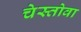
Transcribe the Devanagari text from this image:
चेस्तोवा